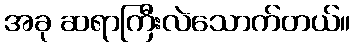
အခု ဆရာကြီးလဲသောက်တယ်။